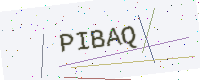
Text: PIBAQ